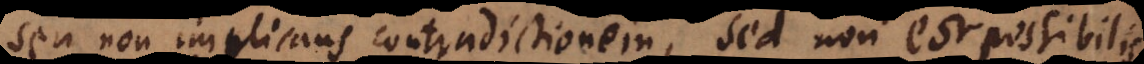
seu non implicans contradictionem, sed non est possibilis